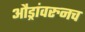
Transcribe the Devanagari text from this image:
औंड्रांवरुनच